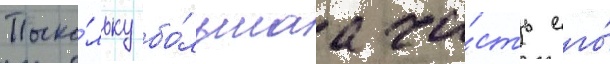
Поско́льку бо́льшаа ча́сть его́